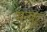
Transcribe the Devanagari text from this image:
मन्कू